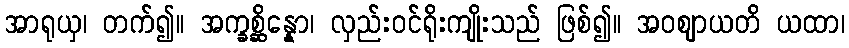
အာရုယှ၊ တက်၍။ အက္ခစ္ဆိန္နော၊ လှည်းဝင်ရိုးကျိုးသည် ဖြစ်၍။ အဝဈာယတိ ယထာ၊